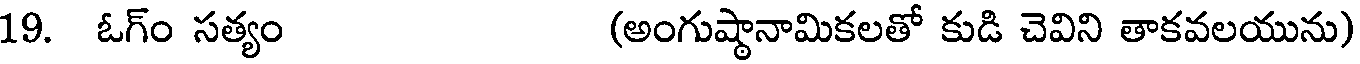
19. ఓగ్ం సత్యం (అంగుష్థానామికలతో కుడి చెవిని తాకవలయును)